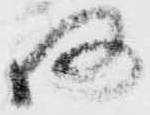
何